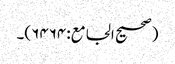
(صحیح الجامع:۶۴۶۴)۔